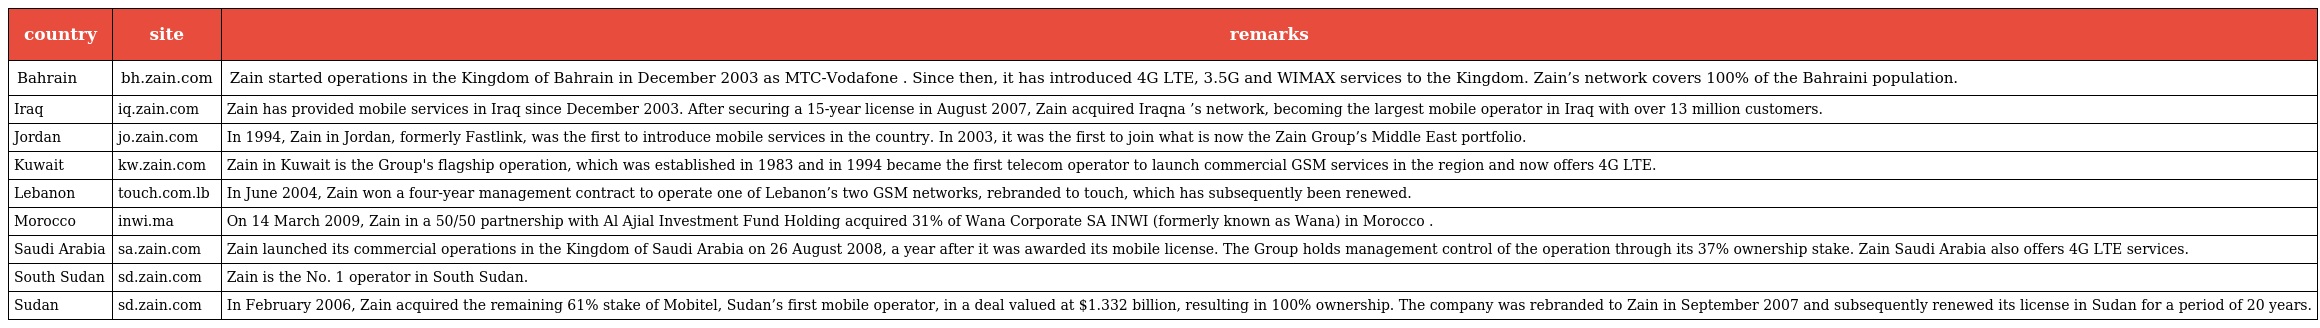
| country | site | remarks |
 | --- | --- | --- |
 | Bahrain | bh.zain.com | Zain started operations in the Kingdom of Bahrain in December 2003 as MTC-Vodafone . Since then, it has introduced 4G LTE, 3.5G and WIMAX services to the Kingdom. Zain’s network covers 100% of the Bahraini population. |
 | Iraq | iq.zain.com | Zain has provided mobile services in Iraq since December 2003. After securing a 15-year license in August 2007, Zain acquired Iraqna ’s network, becoming the largest mobile operator in Iraq with over 13 million customers. |
 | Jordan | jo.zain.com | In 1994, Zain in Jordan, formerly Fastlink, was the first to introduce mobile services in the country. In 2003, it was the first to join what is now the Zain Group’s Middle East portfolio. |
 | Kuwait | kw.zain.com | Zain in Kuwait is the Group's flagship operation, which was established in 1983 and in 1994 became the first telecom operator to launch commercial GSM services in the region and now offers 4G LTE. |
 | Lebanon | touch.com.lb | In June 2004, Zain won a four-year management contract to operate one of Lebanon’s two GSM networks, rebranded to touch, which has subsequently been renewed. |
 | Morocco | inwi.ma | On 14 March 2009, Zain in a 50/50 partnership with Al Ajial Investment Fund Holding acquired 31% of Wana Corporate SA INWI (formerly known as Wana) in Morocco . |
 | Saudi Arabia | sa.zain.com | Zain launched its commercial operations in the Kingdom of Saudi Arabia on 26 August 2008, a year after it was awarded its mobile license. The Group holds management control of the operation through its 37% ownership stake. Zain Saudi Arabia also offers 4G LTE services. |
 | South Sudan | sd.zain.com | Zain is the No. 1 operator in South Sudan. |
 | Sudan | sd.zain.com | In February 2006, Zain acquired the remaining 61% stake of Mobitel, Sudan’s first mobile operator, in a deal valued at $1.332 billion, resulting in 100% ownership. The company was rebranded to Zain in September 2007 and subsequently renewed its license in Sudan for a period of 20 years. |